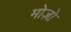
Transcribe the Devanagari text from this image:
मोज़ो